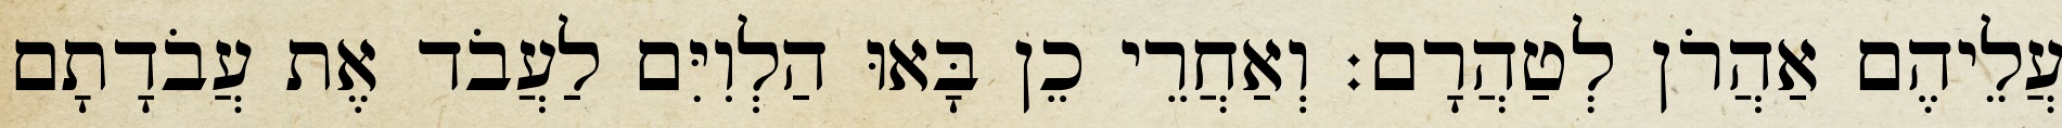
עֲלֵיהֶם אַהֲרֹן לְטַהֲרָם׃ וְאַחֲרֵי כֵן בָּאוּ הַלְוִיִּם לַעֲבֹד אֶת עֲבֹדָתָם